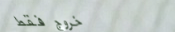
خروج فقط